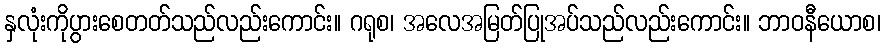
နှလုံးကိုပွားစေတတ်သည်လည်းကောင်း။ ဂရုစ၊ အလေအမြတ်ပြုအပ်သည်လည်းကောင်း။ ဘာဝနီယောစ၊